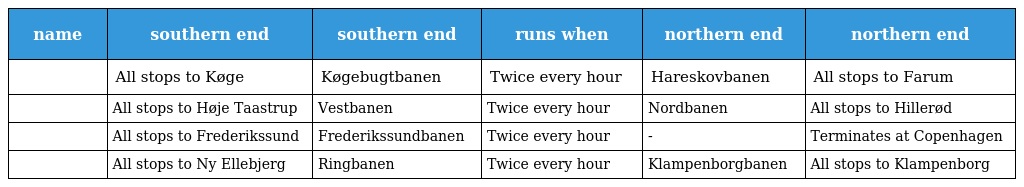
| name | southern end | southern end | runs when | northern end | northern end |
 | --- | --- | --- | --- | --- | --- |
 |  | All stops to Køge | Køgebugtbanen | Twice every hour | Hareskovbanen | All stops to Farum |
 |  | All stops to Høje Taastrup | Vestbanen | Twice every hour | Nordbanen | All stops to Hillerød |
 |  | All stops to Frederikssund | Frederikssundbanen | Twice every hour | - | Terminates at Copenhagen |
 |  | All stops to Ny Ellebjerg | Ringbanen | Twice every hour | Klampenborgbanen | All stops to Klampenborg |